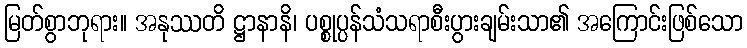
မြတ်စွာဘုရား။ အနုဿတိ ဋ္ဌာနာနိ၊ ပစ္စုပ္ပန်သံသရာစီးပွားချမ်းသာ၏ အကြောင်းဖြစ်သော